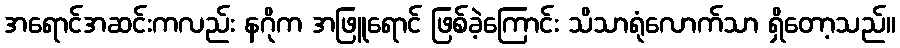
အရောင်အဆင်းကလည်း နဂိုက အဖြူရောင် ဖြစ်ခဲ့ကြောင်း သိသာရုံလောက်သာ ရှိတော့သည်။